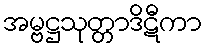
အမ္ဗဋ္ဌသုတ္တာဒိဋီကာ